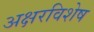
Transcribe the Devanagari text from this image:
अक्षरविशेष